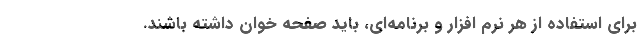
برای استفاده از هر نرم افزار و برنامه‌ای، باید صفحه خوان داشته باشند.